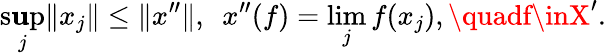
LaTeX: \operatorname*{s\mathbf{u}p}_{j}\| x_{j}\| \leq\| x^{\prime\prime}\| ,\ \ x^{\prime\prime}(f)=\operatorname*{lim}_{j}f(x_{j}),\quadf\inX^{\prime}.